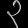
Digit: ၃